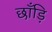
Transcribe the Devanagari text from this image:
छाँड़ि